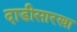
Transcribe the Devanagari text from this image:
दाडीसारखा